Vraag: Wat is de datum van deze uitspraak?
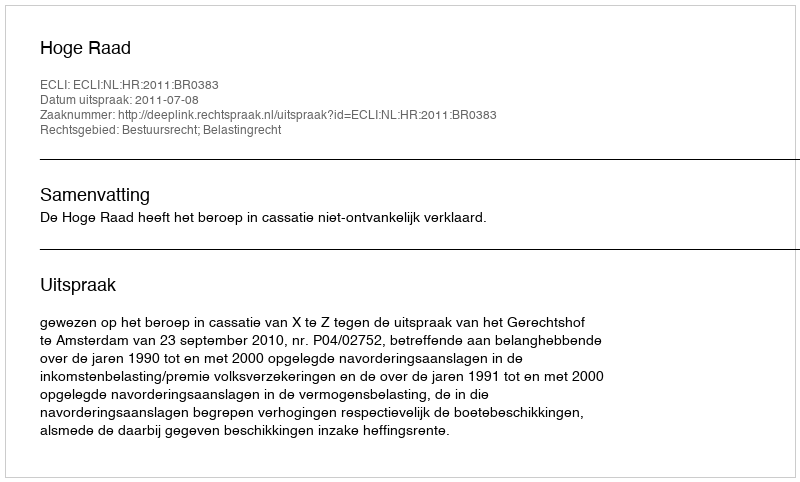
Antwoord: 2011-07-08